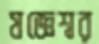
যজ্ঞেশ্বর